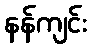
နန်ကျင်း